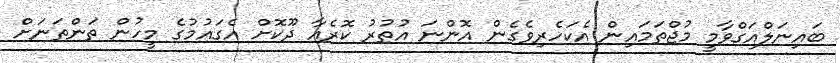
ބައިނަލްއަގްވާމީ މުޖްތަމައިން އެކަހެރިވެގެން އޮންނަ އުތުރު ކޮރެއާ ދޫކޮށް އެގައުމުގެ މީހުން ތަންތަނަށް